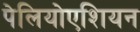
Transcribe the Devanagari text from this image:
पेलियोएशियन